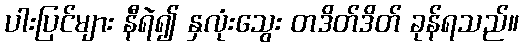
ပါးပြင်များ နီရဲ၍ နှလုံးသွေး တဒိတ်ဒိတ် ခုန်ရသည်။